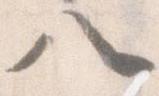
八